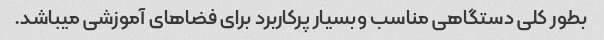
بطور کلی دستگاهی مناسب وبسیار پرکاربرد برای فضاهای آموزشی میباشد.